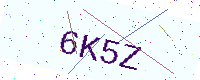
Text: 6K5Z